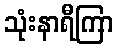
သုံးနာရီကြာ